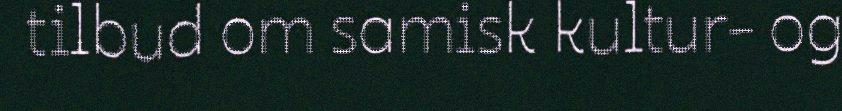
tilbud om samisk kultur- og